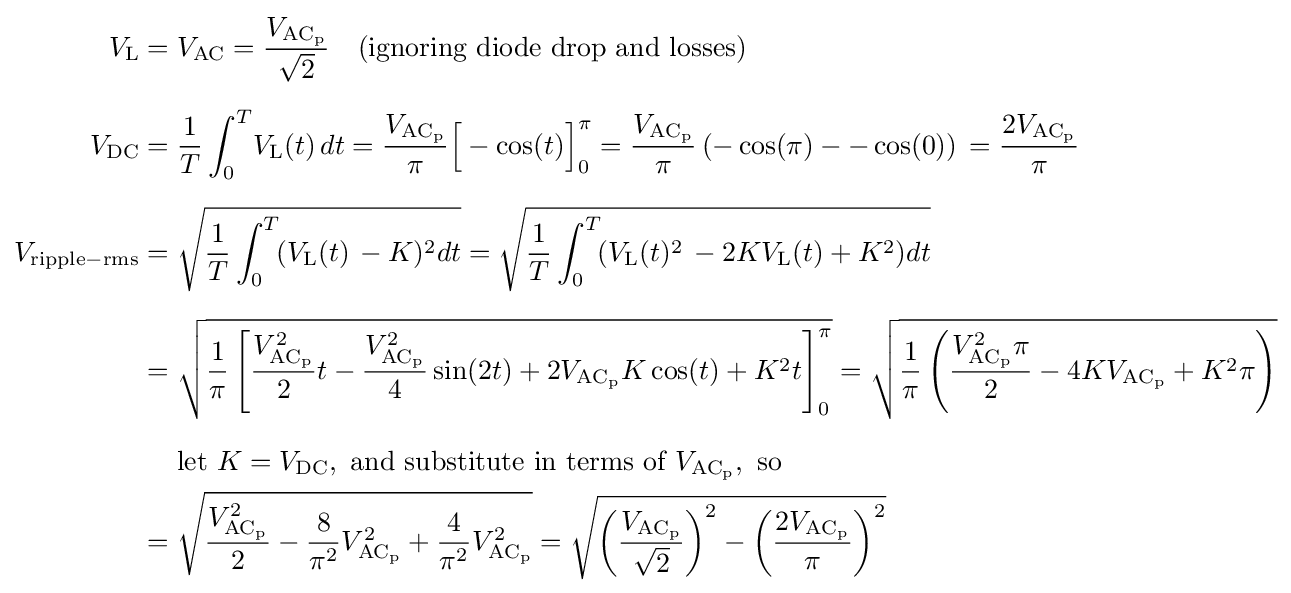
{\begin{aligned}V_{\mathrm {L} }={}&V_{\mathrm {AC} }={\frac {V_{\mathrm {AC_{p}} }}{\sqrt {2}}}\quad {\text{(ignoring diode drop and losses)}}\\[6pt]V_{\mathrm {DC} }={}&{\frac {1}{T}}\int _{0}^{T}\!V_{\mathrm {L} }(t)\,dt={\frac {V_{\mathrm {AC_{p}} }}{\pi }}{\Big [}-\cos(t){\Big ]}_{0}^{\pi }={\frac {V_{\mathrm {AC_{p}} }}{\pi }}\left(-\cos(\pi )--\cos(0)\right)\,={\frac {2V_{\mathrm {AC_{p}} }}{\pi }}\\[6pt]V_{\mathrm {ripple-rms} }={}&{\sqrt {{\frac {1}{T}}\int _{0}^{T}\!(V_{\mathrm {L} }(t)\,-K)^{2}dt}}={\sqrt {{\frac {1}{T}}\int _{0}^{T}\!(V_{\mathrm {L} }(t)^{2}\,-2KV_{\mathrm {L} }(t)+K^{2})dt}}\\[6pt]={}&{\sqrt {{\frac {1}{\pi }}\left[{\frac {V_{\mathrm {AC_{p}} }^{2}}{2}}t-{\frac {V_{\mathrm {AC_{p}} }^{2}}{4}}\sin(2t)+2V_{\mathrm {AC_{p}} }K\cos(t)+K^{2}t\right]_{0}^{\pi }}}={\sqrt {{\frac {1}{\pi }}\left({\frac {V_{\mathrm {AC_{p}} }^{2}\pi }{2}}-4KV_{\mathrm {AC_{p}} }+K^{2}\pi \right)}}\\[6pt]&{\text{let }}K=V_{\mathrm {DC} },{\text{ and substitute in terms of }}V_{\mathrm {AC_{p}} },{\text{ so}}\\={}&{\sqrt {{\frac {V_{\mathrm {AC_{p}} }^{2}}{2}}-{\frac {8}{\pi ^{2}}}V_{\mathrm {AC_{p}} }^{2}+{\frac {4}{\pi ^{2}}}V_{\mathrm {AC_{p}} }^{2}}}={\sqrt {\left({\frac {V_{\mathrm {AC_{p}} }}{\sqrt {2}}}\right)^{2}-\left({\frac {2V_{\mathrm {AC_{p}} }}{\pi }}\right)^{2}}}\end{aligned}}